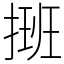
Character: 𢲔